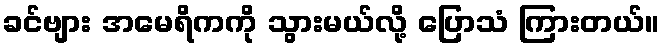
ခင်ဗျား အမေရိကကို သွားမယ်လို့ ပြောသံ ကြားတယ်။